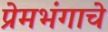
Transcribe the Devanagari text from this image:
प्रेमभंगाचे